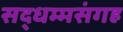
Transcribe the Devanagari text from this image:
सद्धम्मसंगह